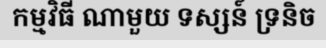
កម្មវិធី ណាមួយ ទស្សន៍ ទ្រនិច